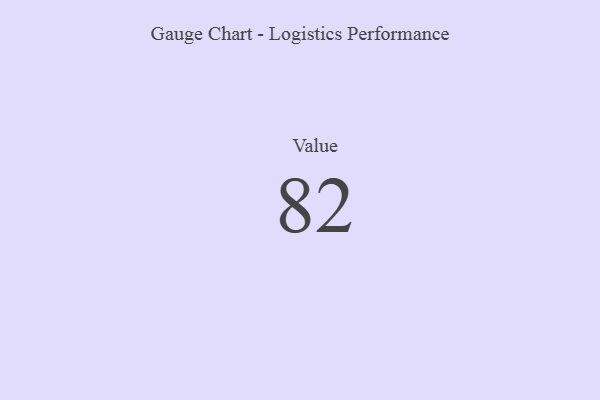
{"axis": {"x": "Metric", "y": "Value"}, "legend": [""], "data": [{"x": "Value", "y": 82, "type": ""}]}